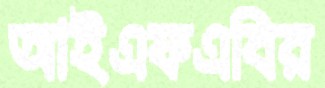
আইএফএবির